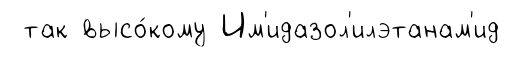
так высо́кому Им'идазол'илэтанам'ид